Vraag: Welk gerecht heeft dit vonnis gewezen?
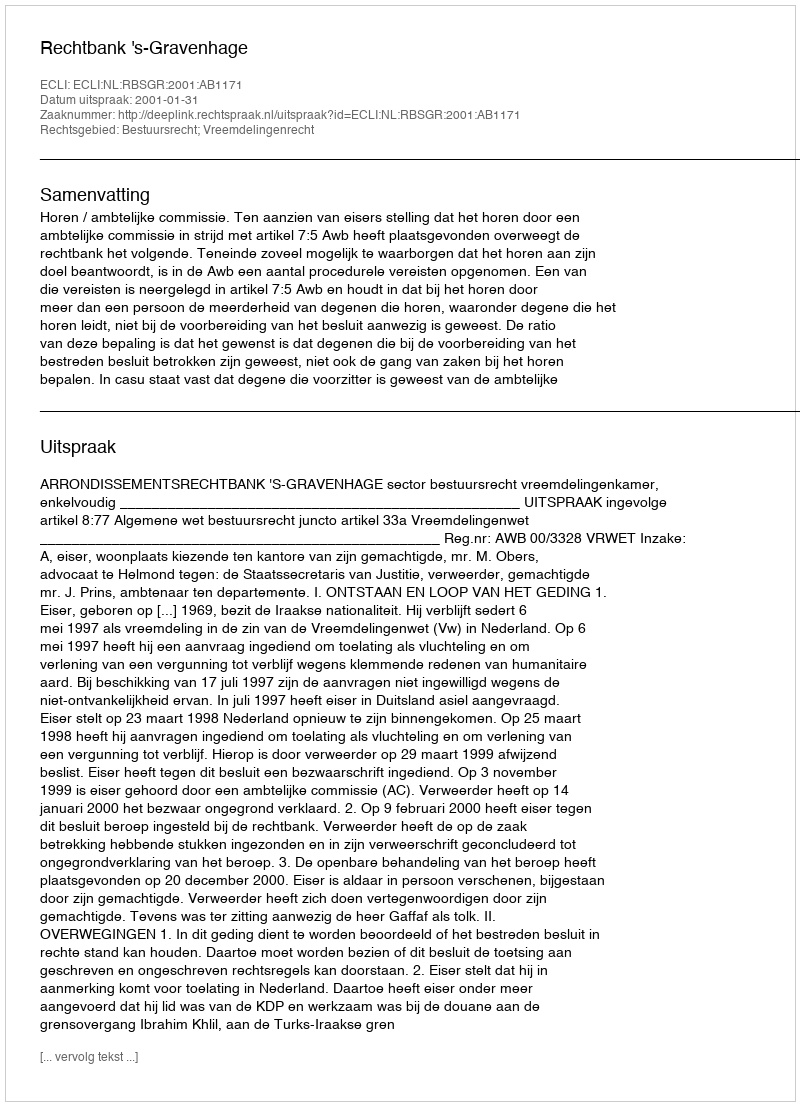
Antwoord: Rechtbank 's-Gravenhage